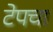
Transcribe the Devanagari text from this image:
टेपचा